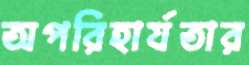
অপরিহার্যতার